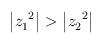
LaTeX: \begin{align*}\left| z_1^{\ 2} \right| > \left| z_2^{\ 2} \right|\,\end{align*}